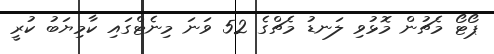
ޕޯޓޯ މެޗުން މޮޅުވި ލަނޑު މެޗްގެ 52 ވަނަ މިނެޓްގައި ކާމިޔަބު ކުރީ